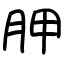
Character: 胛